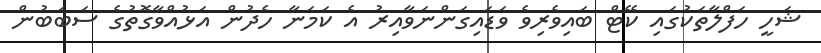
ޝަހީ ހަފްލާތަކުގައި ކޭޓް ބައިވެރިވެ ވަޑައިގަންނަވާއިރު އެ ކަމަނާ ހެދުން އަޅުއްވާގޮތުގެ ސަބަބުން